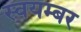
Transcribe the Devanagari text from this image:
स्वयम्बर